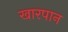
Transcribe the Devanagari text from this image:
खारपान